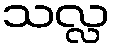
သလ္လ